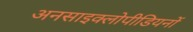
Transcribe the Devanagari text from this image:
अनसाइक्लोपीडियनों